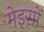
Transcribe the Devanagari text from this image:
मेइसों